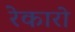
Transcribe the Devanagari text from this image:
रेकारो